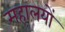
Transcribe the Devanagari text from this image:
महालयों